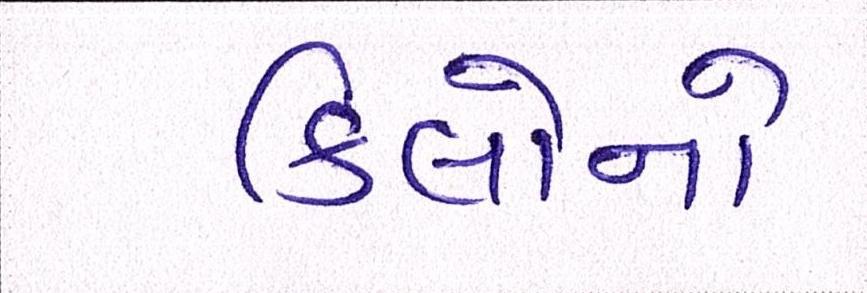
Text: કિલોનો